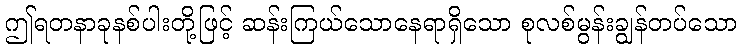
ဤရတနာခုနစ်ပါးတို့ဖြင့် ဆန်းကြယ်သောနေရာရှိသော စုလစ်မွန်းချွန်တပ်သော